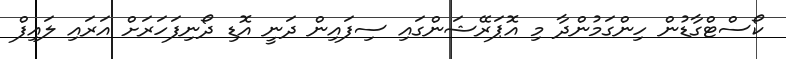
ކޯސްޓްގާޑުން ހިންގަމުންދާ މި އޮޕަރޭޝަންގައި ސިފައިން ދަނީ އޮޑި ދޯނިފަހަރަށް އަރައި ލައިފް